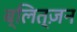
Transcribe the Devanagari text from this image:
ब्लित्ज़न